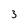
Character: 3